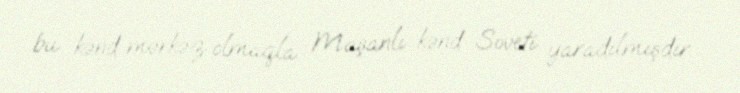
bu kənd mərkəz olmaqla Maşanlı kənd Soveti yaradılmışdır.